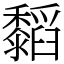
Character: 䵚